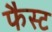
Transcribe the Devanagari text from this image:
फैस्ट